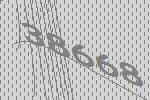
38668